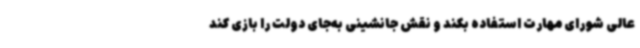
عالی شورای مهارت استفاده بکند و نقش جانشینی به‌جای دولت را بازی کند